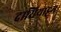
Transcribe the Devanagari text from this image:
दासियाट्टम